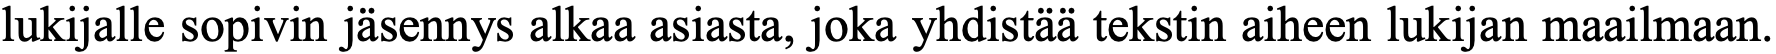
lukijalle sopivin jäsennys alkaa asiasta, joka yhdistää tekstin aiheen lukijan maailmaan.